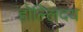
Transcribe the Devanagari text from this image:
होल्लिदय